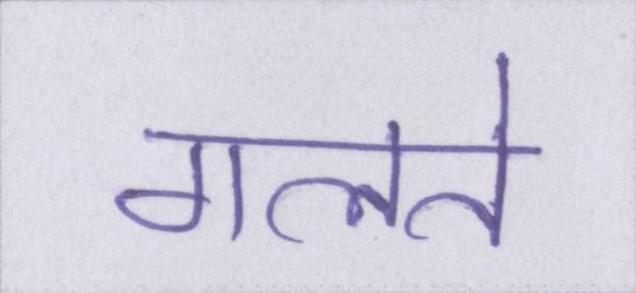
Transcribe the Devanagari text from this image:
गलते